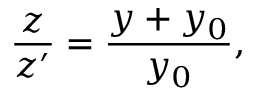
\frac { z } { z ^ { \prime } } = \frac { y + y _ { 0 } } { y _ { 0 } } ,